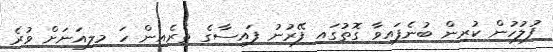
ފުލުހުން ކުރިން ބުނެފައިވާ ގޮތުގައި ފޭރުނު ފައިސާގެ ތެރެއިން ހަ މިލިއަނަށް ވުރެ